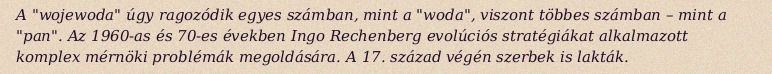
A "wojewoda" úgy ragozódik egyes számban, mint a "woda", viszont többes számban – mint a "pan". Az 1960-as és 70-es években Ingo Rechenberg evolúciós stratégiákat alkalmazott komplex mérnöki problémák megoldására. A 17. század végén szerbek is lakták.